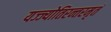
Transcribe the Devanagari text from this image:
यज्ज्योतिरन्तरमृतं